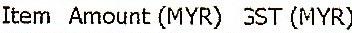
ITEM AMOUNT (MYR) GST (MYR)